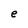
Character: e